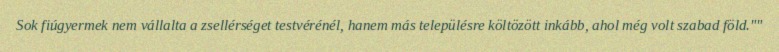
Sok fiúgyermek nem vállalta a zsellérséget testvérénél, hanem más településre költözött inkább, ahol még volt szabad föld.""